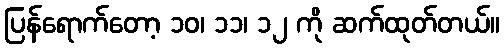
ပြန်ရောက်တော့ ၁၀၊ ၁၁၊ ၁၂ ကို ဆက်ထုတ်တယ်။